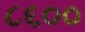
૮૬૦૦